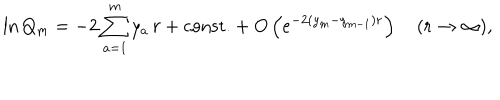
LaTeX: \ln Q _ { m } = - 2 \sum _ { a = 1 } ^ { m } y _ { a } \, r + \mathrm { c o n s t . } + O \left( e ^ { - 2 ( y _ { m } - y _ { m - 1 } ) r } \right) \quad ( r \to \infty ) ,